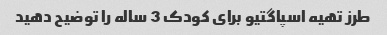
طرز تهیه اسپاگتیو برای کودک 3 ساله را توضیح دهید